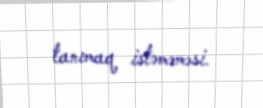
tanımaq istəməməsi.